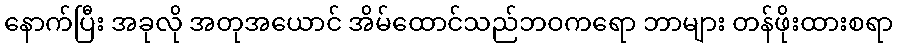
နောက်ပြီး အခုလို အတုအယောင် အိမ်ထောင်သည်ဘဝကရော ဘာများ တန်ဖိုးထားစရာ